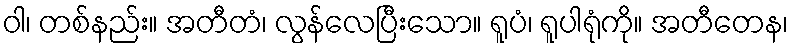
ဝါ၊ တစ်နည်း။ အတီတံ၊ လွန်လေပြီးသော။ ရူပံ၊ ရူပါရုံကို။ အတီတေန၊